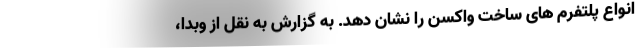
انواع پلتفرم های ساخت واکسن را نشان دهد. به گزارش به نقل از وبدا،